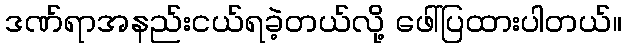
ဒဏ်ရာအနည်းငယ်ရခဲ့တယ်လို့ ဖေါ်ပြထားပါတယ်။